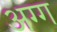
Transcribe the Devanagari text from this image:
अग्ग